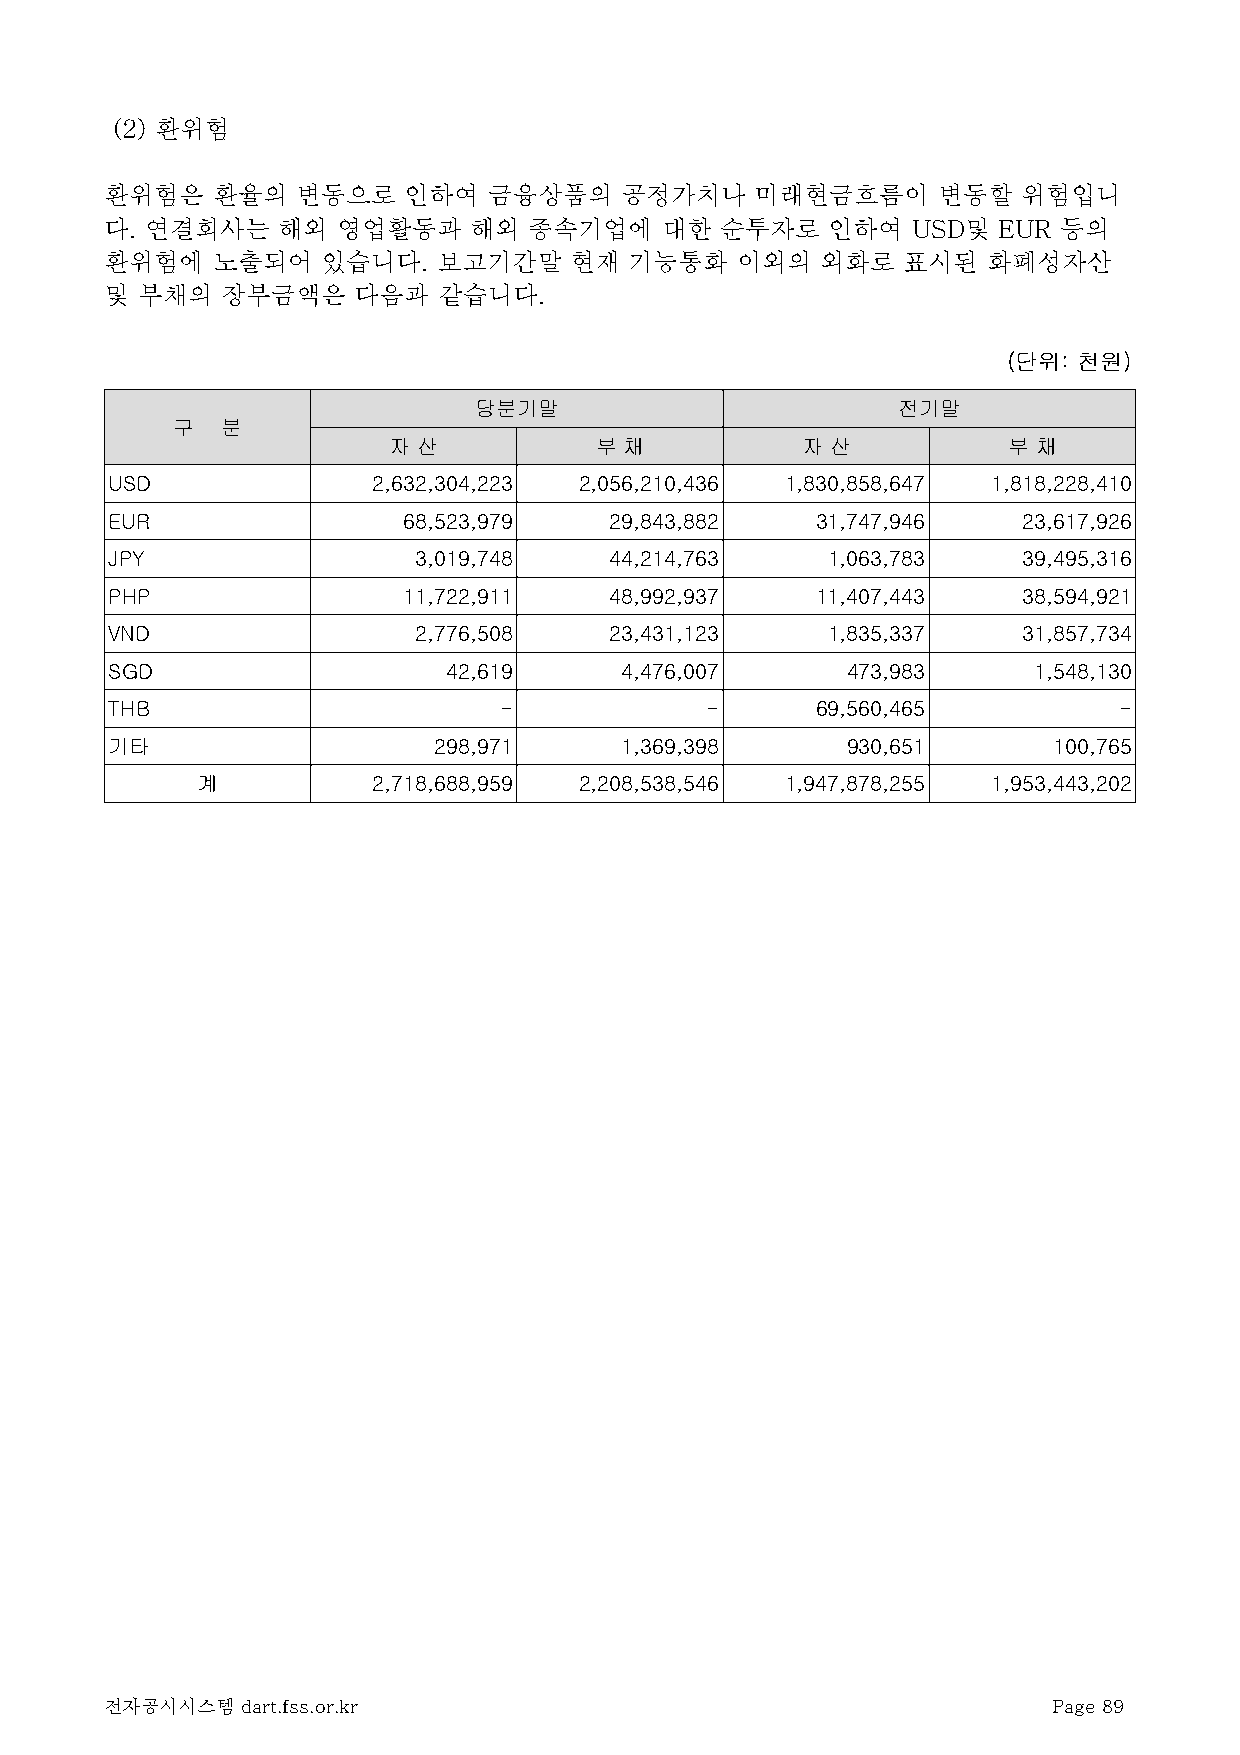
(2) 환위험
 환위험은   환율의   변동으로   인하여  금융상품의    공정가치나    미래현금흐름이     변동할   위험입니
 다. 연결회사는   해외  영업활동과    해외  종속기업에    대한  순투자로   인하여  USD및  EUR 등의
 환위험에   노출되어   있습니다.   보고기간말    현재  기능통화   이외의  외화로   표시된  화폐성자산
 및 부채의   장부금액은   다음과   같습니다.
 (단위: 천원)
 당분기말                        전기말
 구   분
 자 산          부 채           자 산           부 채
 USD               2,632,304,223 2,056,210,436 1,830,858,647 1,818,228,410
 EUR                 68,523,979   29,843,882    31,747,946    23,617,926
 JPY                 3,019,748    44,214,763     1,063,783    39,495,316
 PHP                 11,722,911   48,992,937    11,407,443    38,594,921
 VND                 2,776,508    23,431,123     1,835,337    31,857,734
 SGD                    42,619     4,476,007      473,983     1,548,130
 THB                       -             -      69,560,465          -
 기타                    298,971     1,369,398      930,651       100,765
 계           2,718,688,959 2,208,538,546 1,947,878,255 1,953,443,202
 전자공시시스템  dart.fss.or.kr                                        Page 89